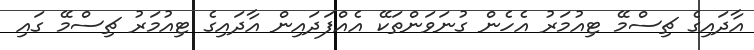
އާދައިގެ ޗިސްމޭ ޓިއުމަރު އެހެން ގުނަވަންތަކޭ އެއްފަދައިން އާދައިގެ ޓިއުމަރު ޗިސްމޭ ގައި